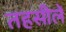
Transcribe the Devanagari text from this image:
तहसीलेँ